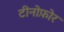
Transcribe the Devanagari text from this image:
टीनोफ़ोर